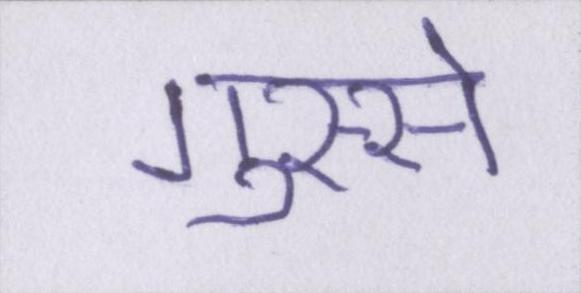
गुस्से